Bombay plague: being a history of the progress of plague in the Bombay presidency from September 1896 to June 1899
Year: 1896
Disease focus: Plague
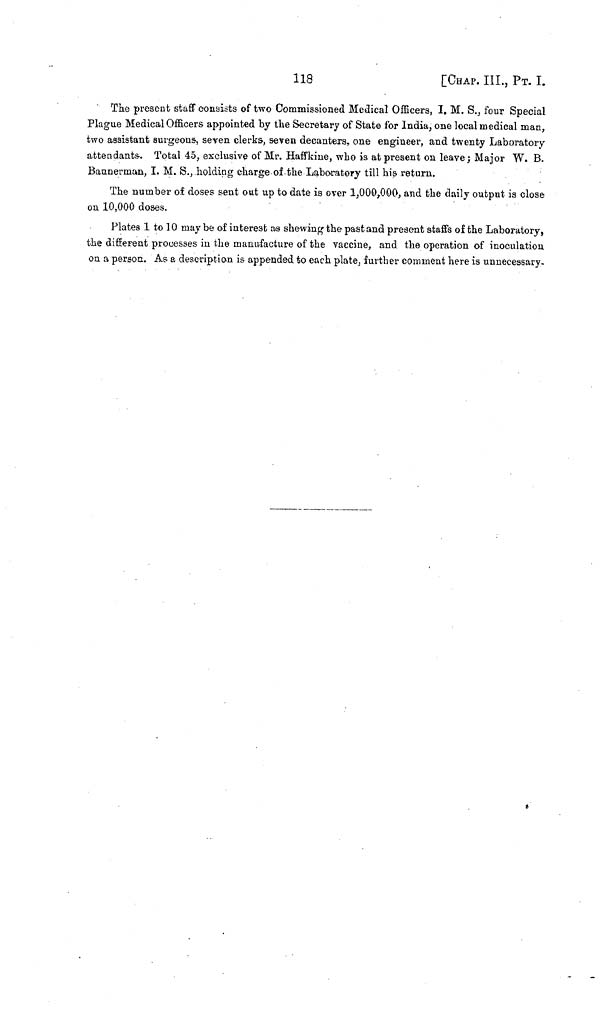
118
[CHAP. III., ΡT. Ι.
The present staff consists of two Commissioned Medical Officers, I. M. S., four Special
Plague Medical Officers appointed by the Secretary of State for India, one local medical man,
two assistant surgeons, seven clerks, seven decanters, one engineer, and twenty Laboratory
attendants. Total 45, exclusive of Mr. Haffkine, who is at present on leave; Major W. B.
Baunerman, I. M. S., holding charge of the Laboratory till his return.
The number of doses sent out up to date is over 1,000,000, and the daily output is close
on 10,000 doses.
Plates 1 to 30 maybe of interest as shewing the past and present staffs of the Laboratory,
the different processes in the manufacture of the vaccine, and the operation of inoculation
on a person. As a description is appended to each plate, further comment here is unnecessary.